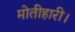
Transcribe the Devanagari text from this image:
मोतीहारी।